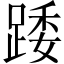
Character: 踒